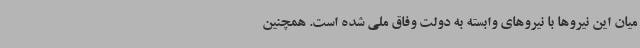
میان این نیروها با نیروهای وابسته به دولت وفاق ملی شده است. همچنین